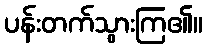
ပန်းတက်သွားကြ၏။